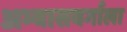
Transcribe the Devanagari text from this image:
अभ्यासवर्गाला